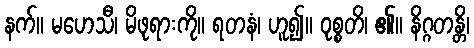
နက်။ မဟေသီ၊ မိဖုရားကို။ ရတနံ၊ ဟူ၍။ ဝုစ္စတိ၊ ၏။ နိဂ္ဂတန္တိ၊